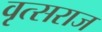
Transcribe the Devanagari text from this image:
वृत्सराज